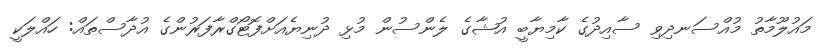
މައުލޫމާތު މުއްސަނދިވި ސާއިދުގެ ކާމިޔާބީ އުޝާގެ ލެންސުން މުޅި ދުނިޔެއަށްފޮޓޯގްރާފަރުންގެ އުދާސްތައް: ހައްލަކީ